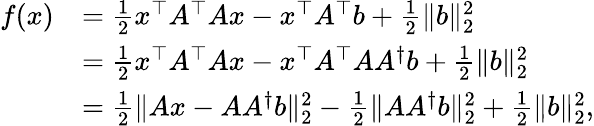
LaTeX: \begin{array}{rl}{f(x)}&{=\frac{1}{2}x^{\top}A^{\top}Ax-x^{\top}A^{\top}b+\frac{1}{2}\| b\| _{2}^{2}}\\ &{=\frac{1}{2}x^{\top}A^{\top}Ax-x^{\top}A^{\top}AA^{\dagger}b+\frac{1}{2}\| b\| _{2}^{2}}\\ &{=\frac{1}{2}\| Ax-AA^{\dagger}b\| _{2}^{2}-\frac{1}{2}\| AA^{\dagger}b\| _{2}^{2}+\frac{1}{2}\| b\| _{2}^{2},}\end{array}